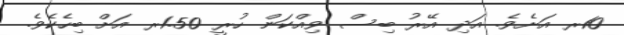
10ރ އަށެވެ. އަދި އޭރު ބިސް ވިއްކަން ހުރީ 1.50ރ އަށް ބިހެކެވެ.